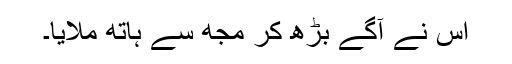
اس نے آگے بڑھ کر مجھ سے ہاتھ ملایا۔